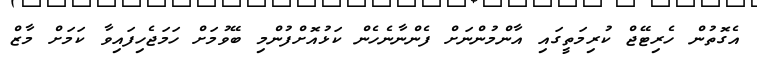
އެގޮތުން ހެރިޓޭޖް ކުރިމަތީގައި އާންމުންނަށް ފެންނާނެހެން ކަޅުއޮށްފުންމި ބޭވުމަށް ހަމަޖެހިފައިވާ ކަމަށް މާޒް